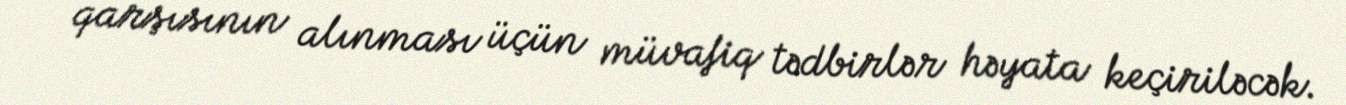
qarşısının alınması üçün müvafiq tədbirlər həyata keçiriləcək.